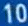
101010